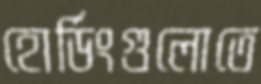
হোর্ডিংগুলোতে